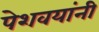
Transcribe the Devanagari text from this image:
पेशवयांनी